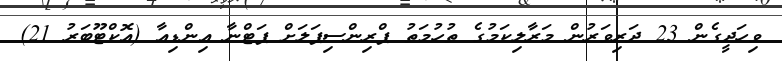
ވިހަދީގެން 23 ދަރިވަރުން މަރާލިކަމުގެ ތުހުމަތު ޕްރިންސިޕަލަށް ޕަޓްނާ އިންޑިއާ (އޮކްޓޫބަރު 21)